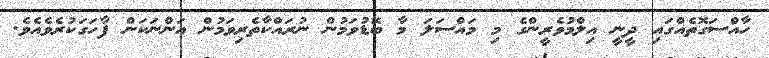
ހާއްސަގޮތެއްގައި ދީނީ އިލްމުވެރީންގެ މި މައްސަލަ މާ ބޮޑުވަމުން ނުރައްކާތެރިވަމުން އަންނަކަން ފާހަގަކުރެވެއެވެ.